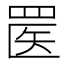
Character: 𬙟